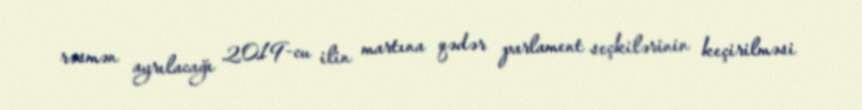
rəsmən ayrılacağı 2019-cu ilin martına qədər parlament seçkilərinin keçirilməsi